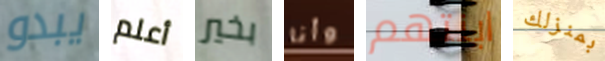
يبدو أعلم بخير وأنا ابنتهم بمنزلك